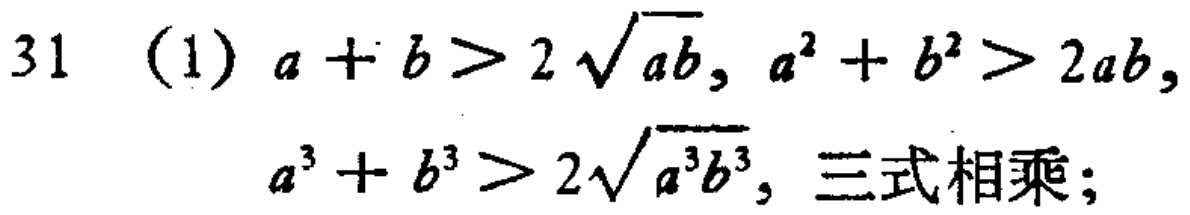
31 (1) \(a + b>2\sqrt{ab}, a^{2}+b^{2}>2ab,\)
\(a^{3}+b^{3}>2\sqrt{a^{3}b^{3}}\), 三式相乘；